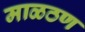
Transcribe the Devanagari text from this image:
माळठण